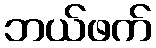
ဘယ်ဖက်